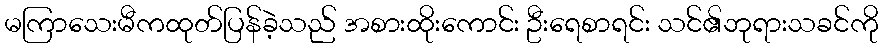
မကြာသေးမီကထုတ်ပြန်ခဲ့သည် အစားထိုးကောင်း ဦးရေစာရင်း သင်၏ဘုရားသခင်ကို